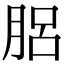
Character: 𦛗